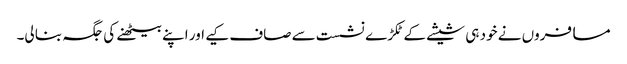
مسافروں نے خود ہی شیشے کے ٹکڑے نشست سے صاف کیے اور اپنے بیٹھنے کی جگہ بنا لی۔